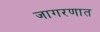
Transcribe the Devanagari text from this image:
जागरणात